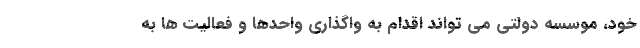
خود، موسسه دولتی می تواند اقدام به واگذاری واحدها و فعالیت ها به